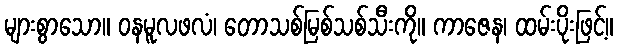
များစွာသော။ ဝနမူလဖလံ၊ တောသစ်မြစ်သစ်သီးကို။ ကာဇေန၊ ထမ်းပိုးဖြင့်။